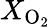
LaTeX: X_{\mathrm{O_{2}}}